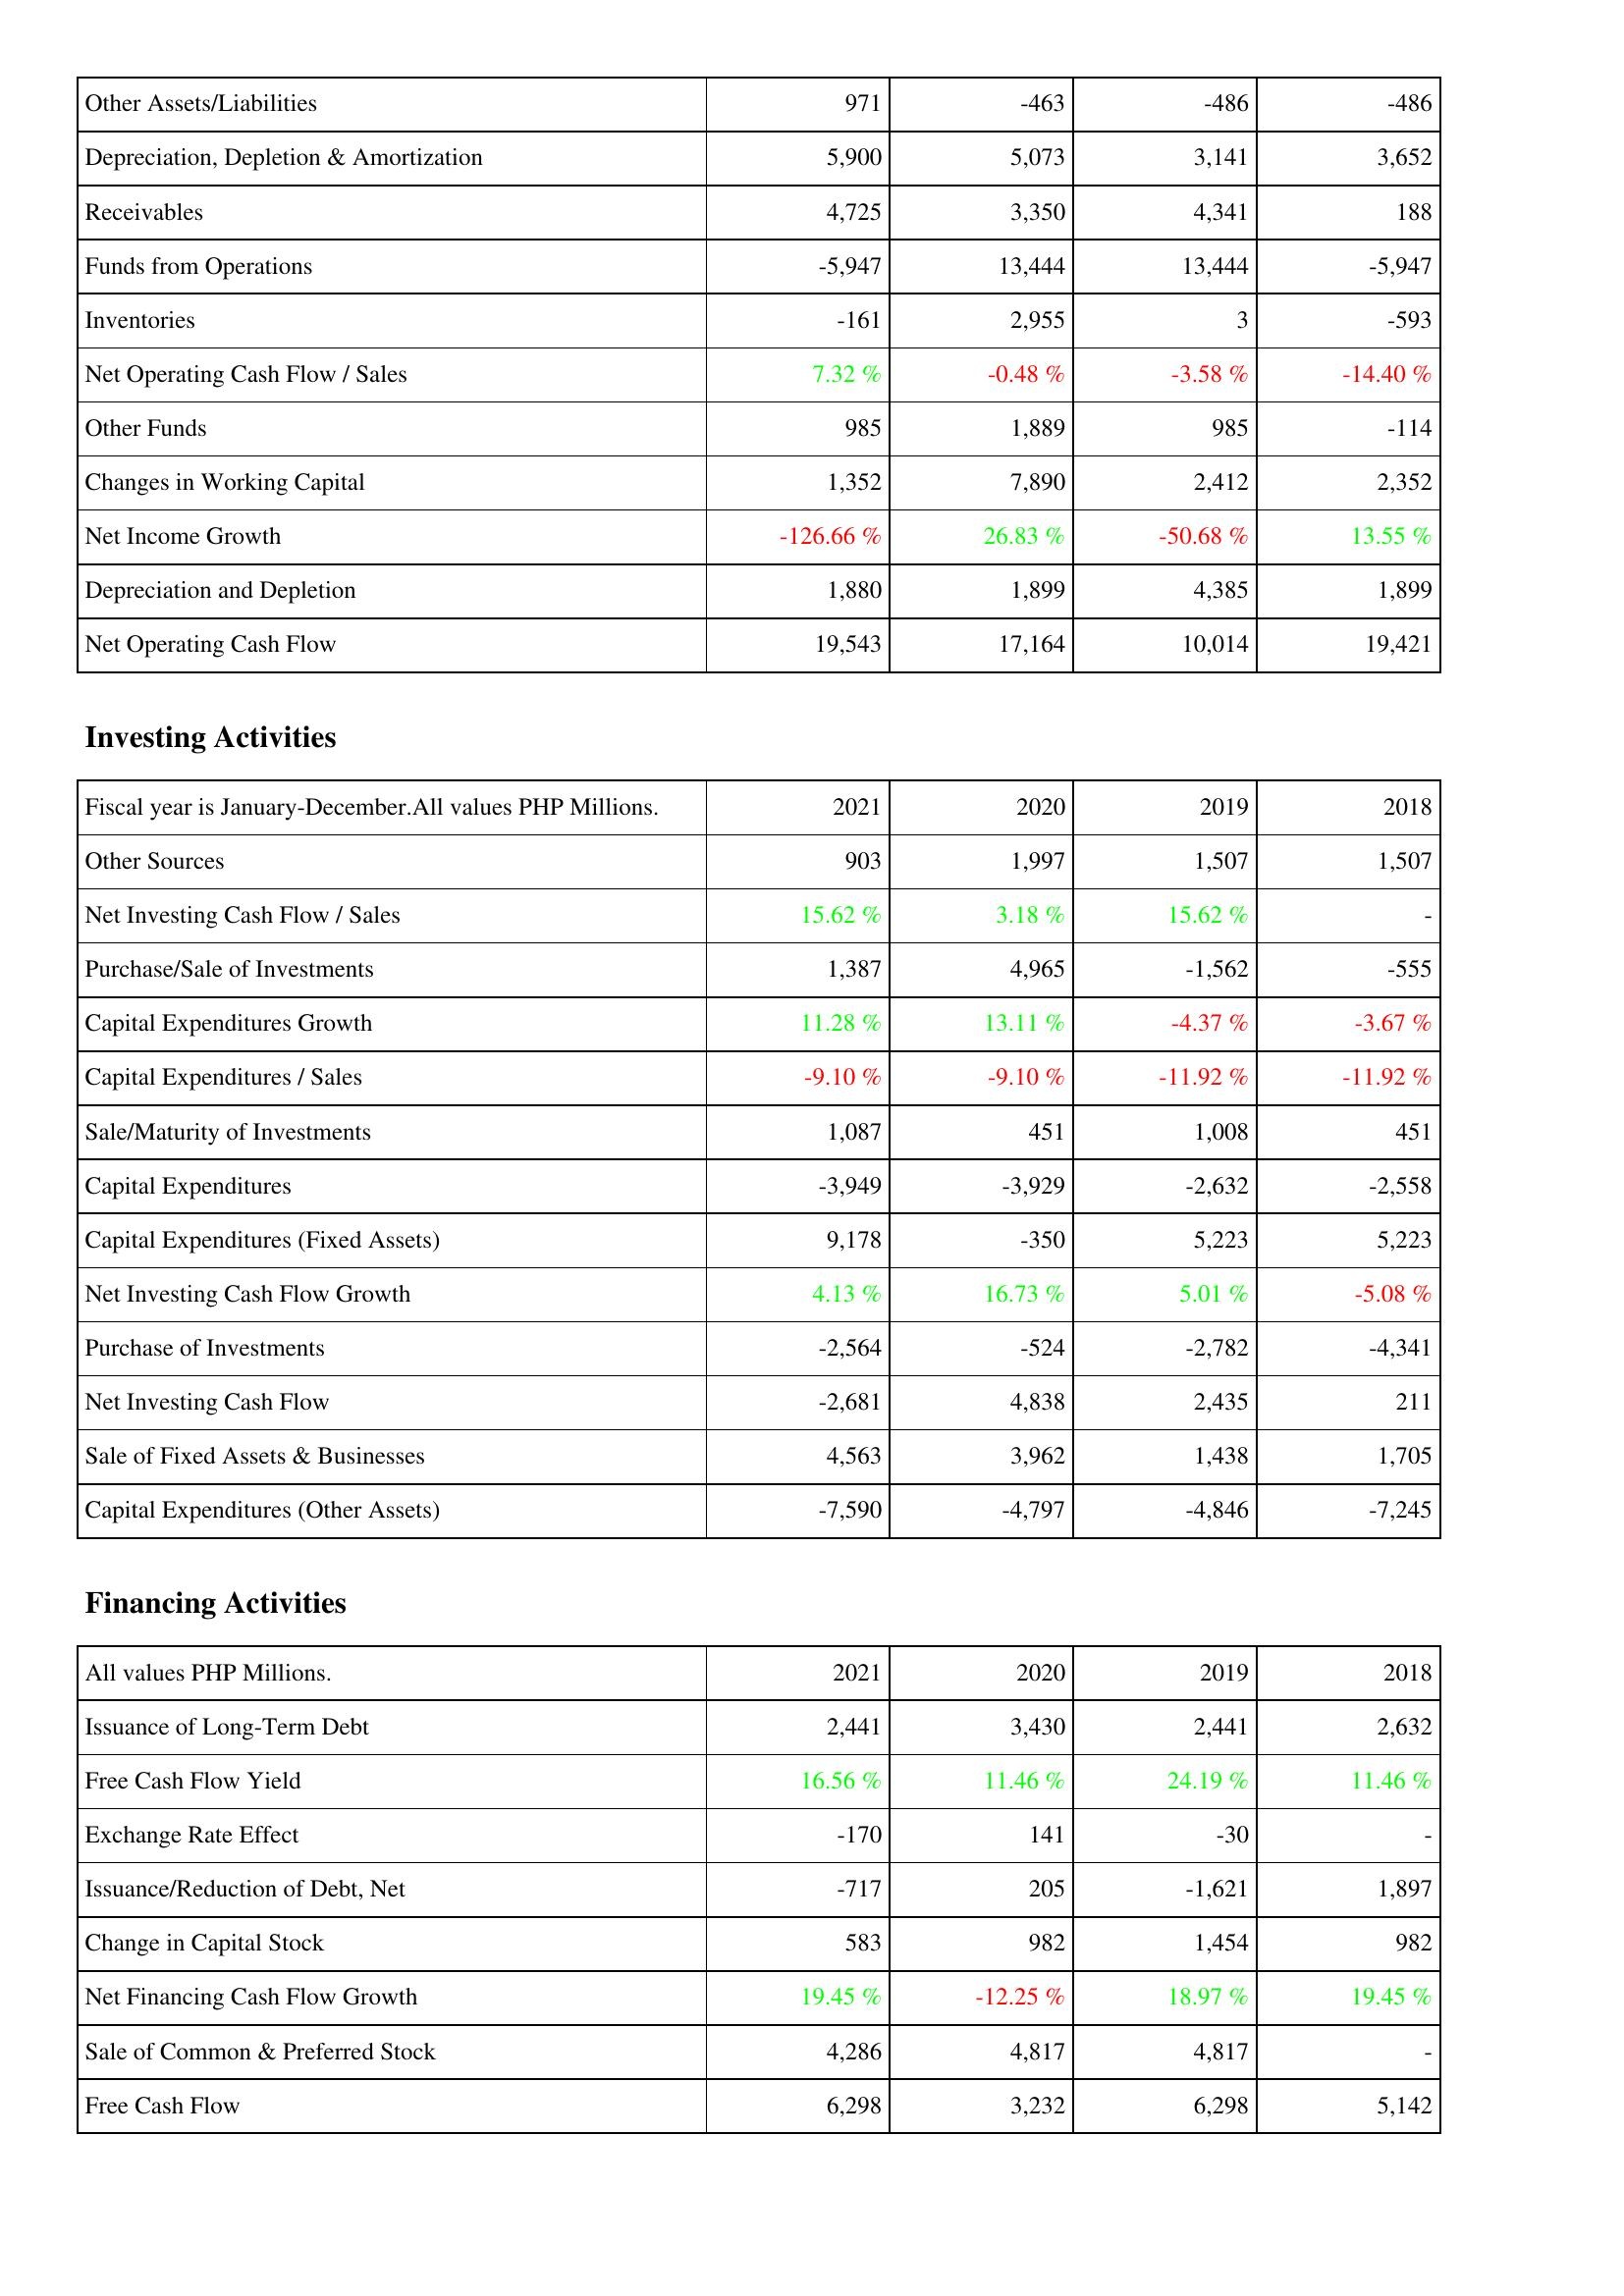
2021: Operating Activities: Other Assets/Liabilities: 971
Depreciation, Depletion & Amortization: 5,900
Receivables: 4,725
Funds from Operations: -5,947
Inventories: -161
Net Operating Cash Flow / Sales: 7.32 %
Other Funds: 985
Changes in Working Capital: 1,352
Net Income Growth: -126.66 %
Depreciation and Depletion: 1,880
Net Operating Cash Flow: 19,543
Investing Activities: Other Sources: 903
Net Investing Cash Flow / Sales: 15.62 %
Purchase/Sale of Investments: 1,387
Capital Expenditures Growth: 11.28 %
Capital Expenditures / Sales: -9.10 %
Sale/Maturity of Investments: 1,087
Capital Expenditures: -3,949
Capital Expenditures (Fixed Assets): 9,178
Net Investing Cash Flow Growth: 4.13 %
Purchase of Investments: -2,564
Net Investing Cash Flow: -2,681
Sale of Fixed Assets & Businesses: 4,563
Capital Expenditures (Other Assets): -7,590
Financing Activities: Issuance of Long-Term Debt: 2,441
Free Cash Flow Yield: 16.56 %
Exchange Rate Effect: -170
Issuance/Reduction of Debt, Net: -717
Change in Capital Stock: 583
Net Financing Cash Flow Growth: 19.45 %
Sale of Common & Preferred Stock: 4,286
Free Cash Flow: 6,298
2020: Operating Activities: Other Assets/Liabilities: -463
Depreciation, Depletion & Amortization: 5,073
Receivables: 3,350
Funds from Operations: 13,444
Inventories: 2,955
Net Operating Cash Flow / Sales: -0.48 %
Other Funds: 1,889
Changes in Working Capital: 7,890
Net Income Growth: 26.83 %
Depreciation and Depletion: 1,899
Net Operating Cash Flow: 17,164
Investing Activities: Other Sources: 1,997
Net Investing Cash Flow / Sales: 3.18 %
Purchase/Sale of Investments: 4,965
Capital Expenditures Growth: 13.11 %
Capital Expenditures / Sales: -9.10 %
Sale/Maturity of Investments: 451
Capital Expenditures: -3,929
Capital Expenditures (Fixed Assets): -350
Net Investing Cash Flow Growth: 16.73 %
Purchase of Investments: -524
Net Investing Cash Flow: 4,838
Sale of Fixed Assets & Businesses: 3,962
Capital Expenditures (Other Assets): -4,797
Financing Activities: Issuance of Long-Term Debt: 3,430
Free Cash Flow Yield: 11.46 %
Exchange Rate Effect: 141
Issuance/Reduction of Debt, Net: 205
Change in Capital Stock: 982
Net Financing Cash Flow Growth: -12.25 %
Sale of Common & Preferred Stock: 4,817
Free Cash Flow: 3,232
2019: Operating Activities: Other Assets/Liabilities: -486
Depreciation, Depletion & Amortization: 3,141
Receivables: 4,341
Funds from Operations: 13,444
Inventories: 3
Net Operating Cash Flow / Sales: -3.58 %
Other Funds: 985
Changes in Working Capital: 2,412
Net Income Growth: -50.68 %
Depreciation and Depletion: 4,385
Net Operating Cash Flow: 10,014
Investing Activities: Other Sources: 1,507
Net Investing Cash Flow / Sales: 15.62 %
Purchase/Sale of Investments: -1,562
Capital Expenditures Growth: -4.37 %
Capital Expenditures / Sales: -11.92 %
Sale/Maturity of Investments: 1,008
Capital Expenditures: -2,632
Capital Expenditures (Fixed Assets): 5,223
Net Investing Cash Flow Growth: 5.01 %
Purchase of Investments: -2,782
Net Investing Cash Flow: 2,435
Sale of Fixed Assets & Businesses: 1,438
Capital Expenditures (Other Assets): -4,846
Financing Activities: Issuance of Long-Term Debt: 2,441
Free Cash Flow Yield: 24.19 %
Exchange Rate Effect: -30
Issuance/Reduction of Debt, Net: -1,621
Change in Capital Stock: 1,454
Net Financing Cash Flow Growth: 18.97 %
Sale of Common & Preferred Stock: 4,817
Free Cash Flow: 6,298
2018: Operating Activities: Other Assets/Liabilities: -486
Depreciation, Depletion & Amortization: 3,652
Receivables: 188
Funds from Operations: -5,947
Inventories: -593
Net Operating Cash Flow / Sales: -14.40 %
Other Funds: -114
Changes in Working Capital: 2,352
Net Income Growth: 13.55 %
Depreciation and Depletion: 1,899
Net Operating Cash Flow: 19,421
Investing Activities: Other Sources: 1,507
Net Investing Cash Flow / Sales: -
Purchase/Sale of Investments: -555
Capital Expenditures Growth: -3.67 %
Capital Expenditures / Sales: -11.92 %
Sale/Maturity of Investments: 451
Capital Expenditures: -2,558
Capital Expenditures (Fixed Assets): 5,223
Net Investing Cash Flow Growth: -5.08 %
Purchase of Investments: -4,341
Net Investing Cash Flow: 211
Sale of Fixed Assets & Businesses: 1,705
Capital Expenditures (Other Assets): -7,245
Financing Activities: Issuance of Long-Term Debt: 2,632
Free Cash Flow Yield: 11.46 %
Exchange Rate Effect: -
Issuance/Reduction of Debt, Net: 1,897
Change in Capital Stock: 982
Net Financing Cash Flow Growth: 19.45 %
Sale of Common & Preferred Stock: -
Free Cash Flow: 5,142